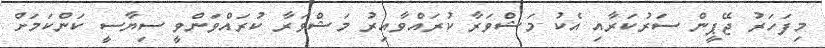
މިފަހަރު ޖޭޕީން ސަރުކަރާއި އެކު މަޝްވަރާ ކުރައްވާއިރު މަޝްވަރާ ކުރައްވަންވީ ސިޔާސީ ކަންކަމަށް